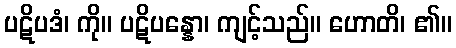
ပဋိပဒံ၊ ကို။ ပဋိပန္နော၊ ကျင့်သည်။ ဟောတိ၊ ၏။